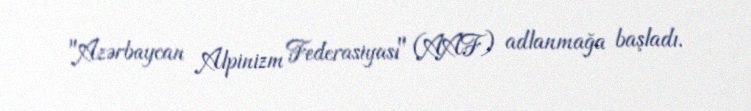
"Azərbaycan Alpinizm Federasiyası" (AAF) adlanmağa başladı.